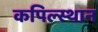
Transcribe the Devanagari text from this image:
कपिल्स्थान